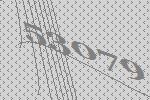
53079